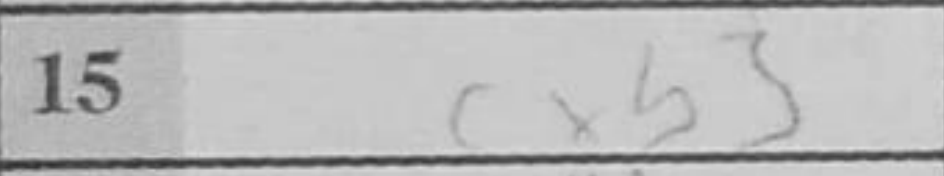
Transcription: cxb3